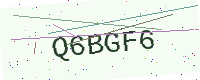
Text: Q6BGF6